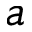
\boldsymbol { a }